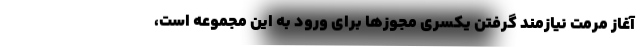
آغاز مرمت نیازمند گرفتن یکسری مجوزها برای ورود به این مجموعه است،